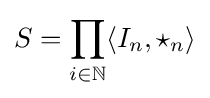
S=\prod _{i\in \mathbb {N} }\langle I_{n},\star _{n}\rangle